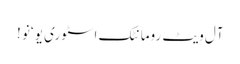
آل ویٹ رومانٹک اسٹوری یو ‘نو !